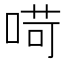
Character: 𠶾